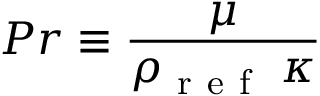
P r \equiv \frac { \mu } { \rho _ { \mathrm { ~ r ~ e ~ f ~ } } \; \kappa }